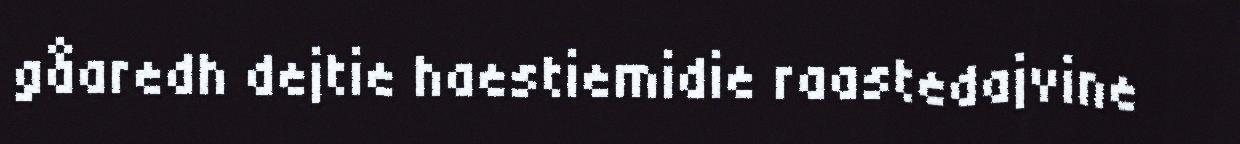
gåaredh dejtie haestiemidie raastedajvine